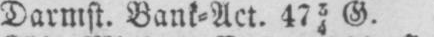
Darmst. Bank⸗Act. 4734 G.